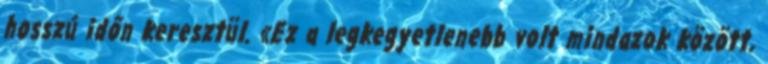
hosszú időn keresztül. «Ez a legkegyetlenebb volt mindazok között,